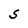
Character: S